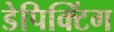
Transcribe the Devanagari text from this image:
डेपिक्टिंग